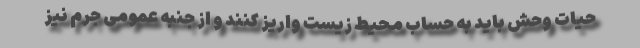
حیات وحش باید به حساب محیط زیست واریز کنند و از جنبه عمومی جرم نیز